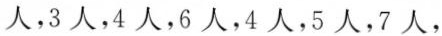
人，3人，4人，6人，4人，5人，7人，